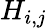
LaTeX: H_{i,j}